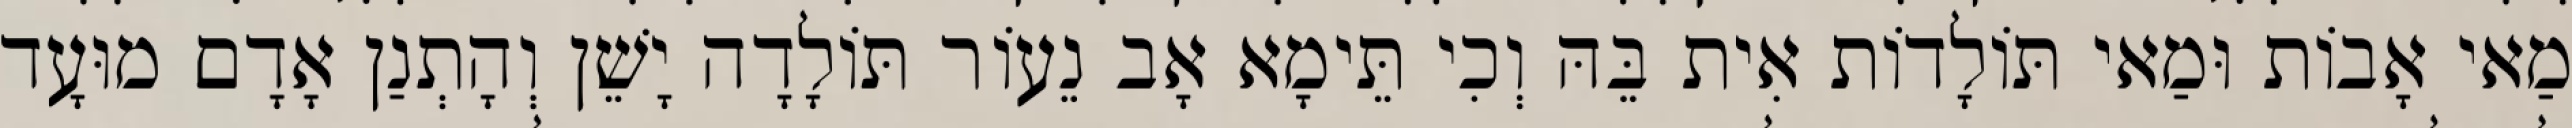
מַאי אָבוֹת וּמַאי תּוֹלָדוֹת אִית בֵּהּ וְכִי תֵּימָא אָב נֵעוֹר תּוֹלָדָה יָשֵׁן וְהָתְנַן אָדָם מוּעָד